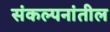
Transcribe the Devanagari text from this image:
संकल्पनांतील